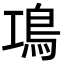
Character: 䲨